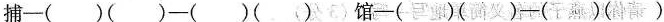
捕—（ ）（ ）—（ ）（ ） 馆—（ ）（ ）—（ ）（ ）